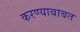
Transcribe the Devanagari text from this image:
करण्‍याबाबत